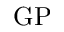
\mathrm { G P }